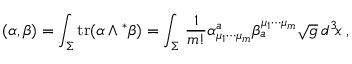
( \alpha , \beta ) = \int _ { \Sigma } ^ { } \mathrm { t r } ( \alpha \wedge { } ^ { \ast } \beta ) = \int _ { \Sigma } ^ { } \, \frac { 1 } { m ! } \alpha _ { \mu _ { 1 } \cdots \mu _ { m } } ^ { a } \beta _ { a } ^ { \mu _ { 1 } \cdots \mu _ { m } } \sqrt { g } \, d ^ { 3 } \! x \; ,